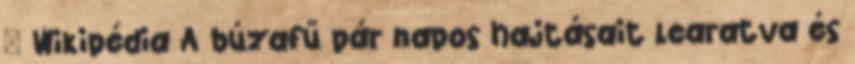
– Wikipédia A búzafű pár napos hajtásait learatva és